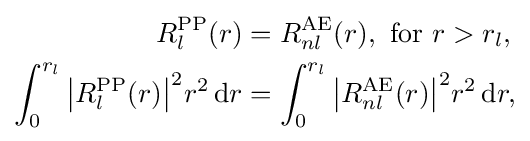
{\begin{aligned}R_{l}^{\text{PP}}(r)&=R_{nl}^{\text{AE}}(r),{\text{ for }}r>r_{l},\\\int _{0}^{r_{l}}{\big |}R_{l}^{\text{PP}}(r){\big |}^{2}r^{2}\,\mathrm {d} r&=\int _{0}^{r_{l}}{\big |}R_{nl}^{\text{AE}}(r){\big |}^{2}r^{2}\,\mathrm {d} r,\end{aligned}}